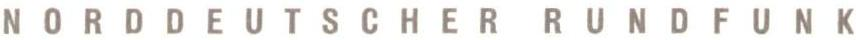
NORDDEUTSCHER RUNDFUNK